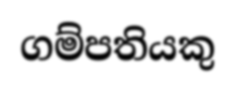
ගම්පතියකු